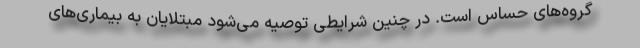
گروه‌های حساس است. در چنین شرایطی توصیه می‌شود مبتلایان به بیماری‌های